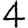
Digit: 4